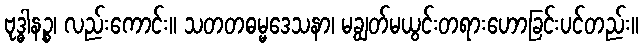
ဗုဒ္ဓါနဉ္စ၊ လည်းကောင်း။ သတတဓမ္မဒေသနာ၊ မချွတ်မယွင်းတရားဟောခြင်းပင်တည်း။